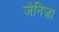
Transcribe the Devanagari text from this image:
जेनिज़ा